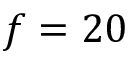
f = 2 0